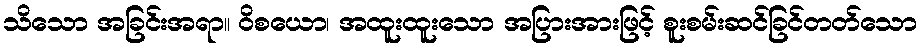
သိသော အခြင်းအရာ။ ဝိစယော၊ အထူးထူးသော အပြားအားဖြင့် စူးစမ်းဆင်ခြင်တတ်သော